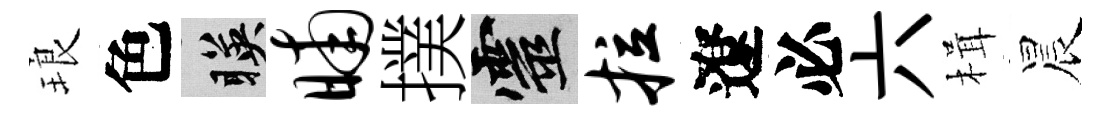
琅色暎晡撲靈拉遼必六楫晨